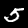
Digit: 5